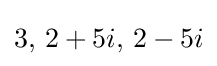
3,\,2+5i,\,2-5i